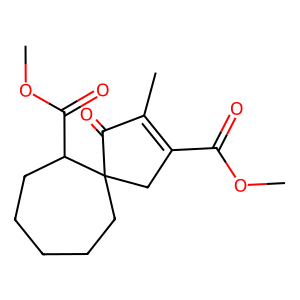
SMILES: COC(=O)C1=C(C)C(=O)C2(CCCCCC2C(=O)OC)C1
Inhibits HIV replication: No